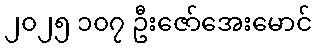
၂၀၂၅ ၁၀၇ ဦးဇော်အေးမောင်